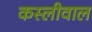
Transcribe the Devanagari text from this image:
कस्लीवाल